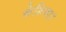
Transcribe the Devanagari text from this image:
केशिया।